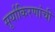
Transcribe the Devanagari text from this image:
सूर्याकिरणांची